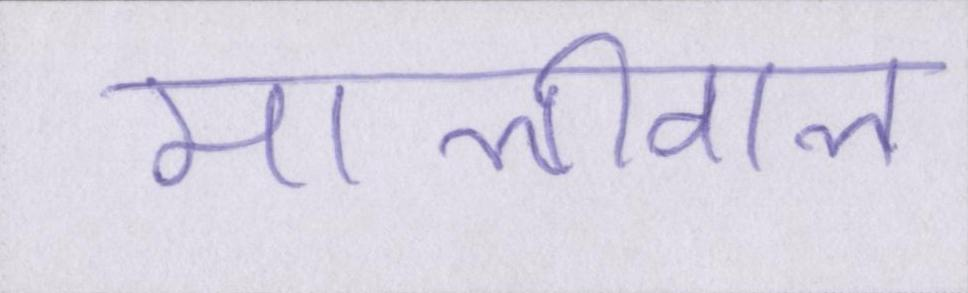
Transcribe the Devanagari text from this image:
मालीवाल